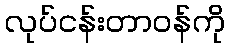
လုပ်ငန်းတာဝန်ကို